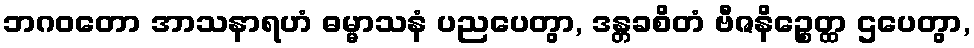
ဘဂဝတော အာသနာရဟံ ဓမ္မာသနံ ပညပေတွာ, ဒန္တခစိတံ ဗီဇနိဉ္စေတ္ထ ဌပေတွာ,